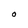
Character: O